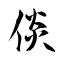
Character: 倓